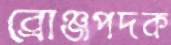
ব্রোঞ্জপদক